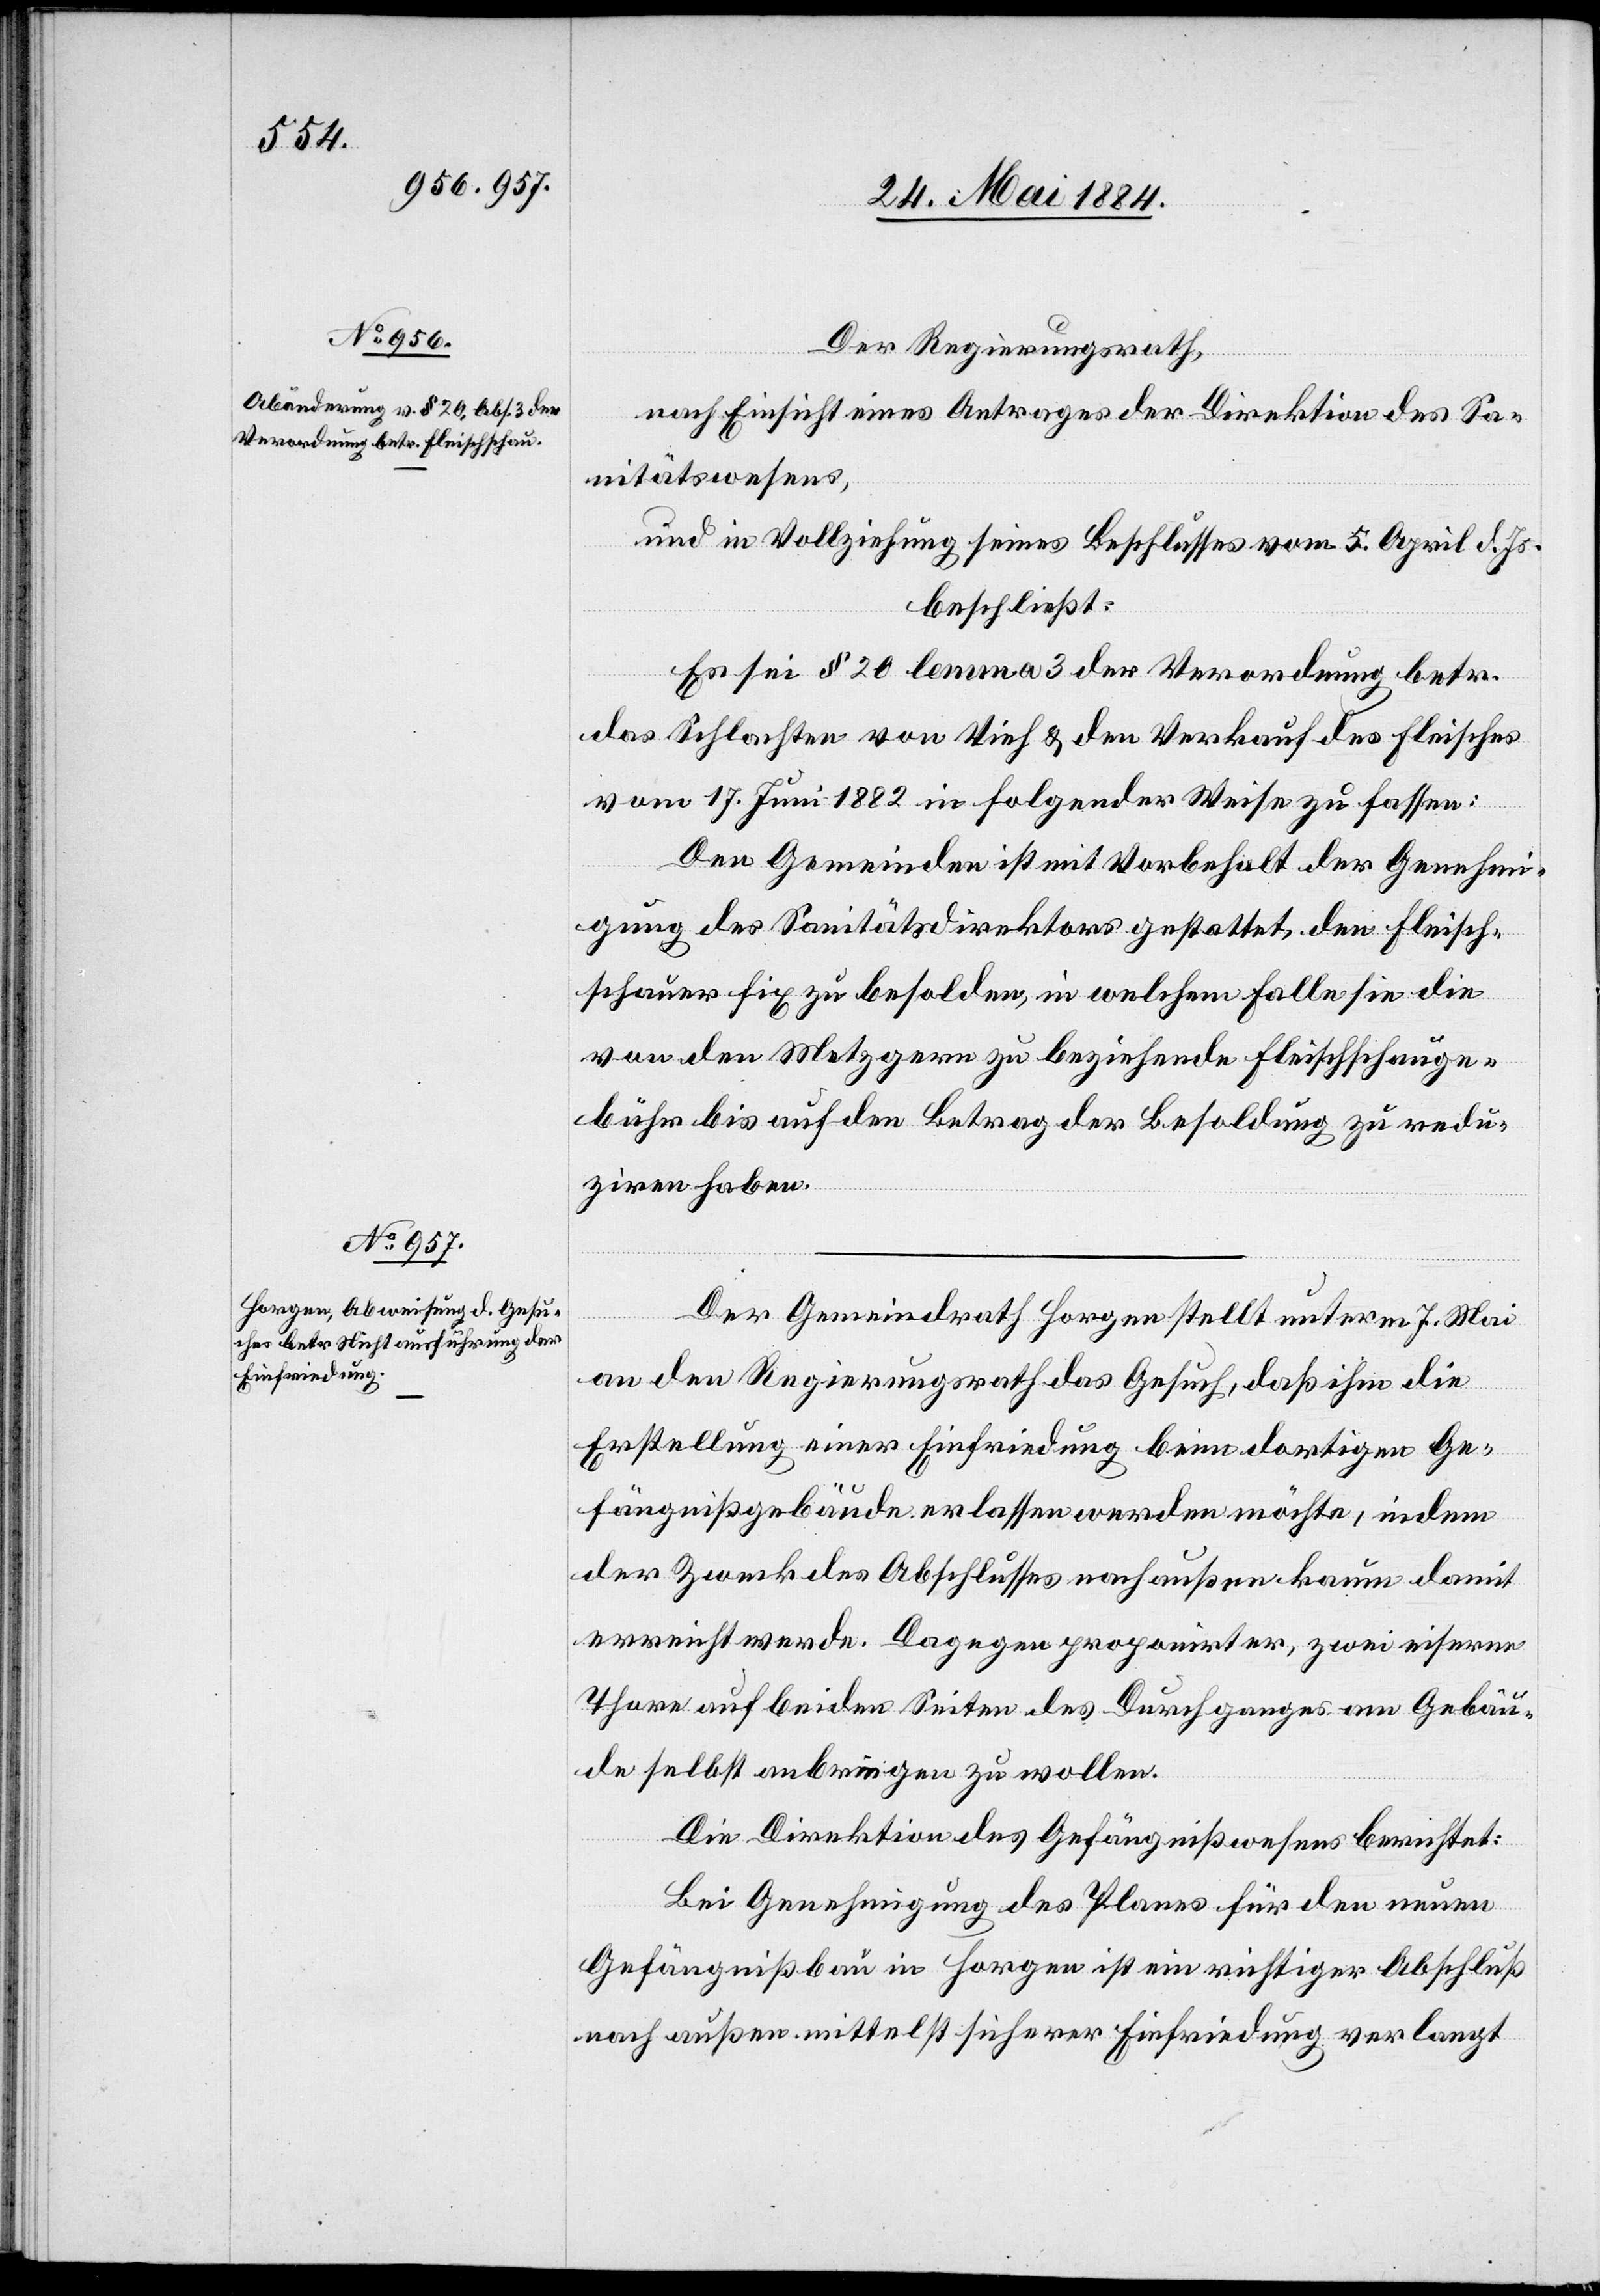
Der Regierungsrath,
nach Einsicht eines Antrages der Direktion des Sa¬
nitätswesens,
und in Vollziehung seines Beschlusses vom 5. April d. Js.
beschließt:
Es sei § 20 lemma 3 der Verordnung betr.
das Schlachten von Vieh & den Verkauf des Fleisches
vom 17. Juni 1882 in folgender Weise zu fassen:
Den Gemeinden ist mit Vorbehalt der Genehmi¬
gung des Sanitätsdirektors gestattet, den Fleisch¬
schauer fix zu besolden, in welchem Falle sie die
von den Metzgern zu beziehenden Fleischschauge¬
bühr bis auf den Betrag der Besoldung zu redu¬
ziren haben.
Der Gemeindrath Horgen stellt unterm 7. Mai
an den Regierungsrath das Gesuch, daß ihm die
Erstellung einer Einfriedung beim dortigen Ge¬
fängnißgebäude erlassen werden möchte, indem
der Zweck des Abschlusses nach außen kaum damit
erreicht werde. Dagegen proponirt er, zwei eiserne
Thore auf beiden Seiten des Durchganges am Gebäu¬
de selbst anbringen zu wollen.
Die Direktion des Gefängnißwesens berichtet:
Bei Genehmigung des Planes für den neuen
Gefängnißbau in Horgen ist ein richtiger Abschluß
nach außen mittelst sicherer Einfriedung verlangt